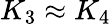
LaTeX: K_{3}\approx K_{4}